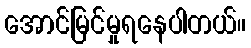
အောင်မြင်မှုရနေပါတယ်။